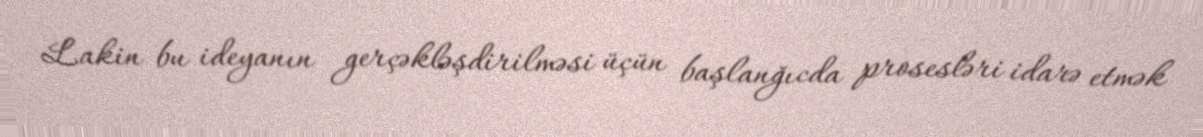
Lakin bu ideyanın gerçəkləşdirilməsi üçün başlanğıcda prosesləri idarə etmək